Code of medical and sanitary regulations for the guidance of medical officers serving in the Madras Presidency - Volume II
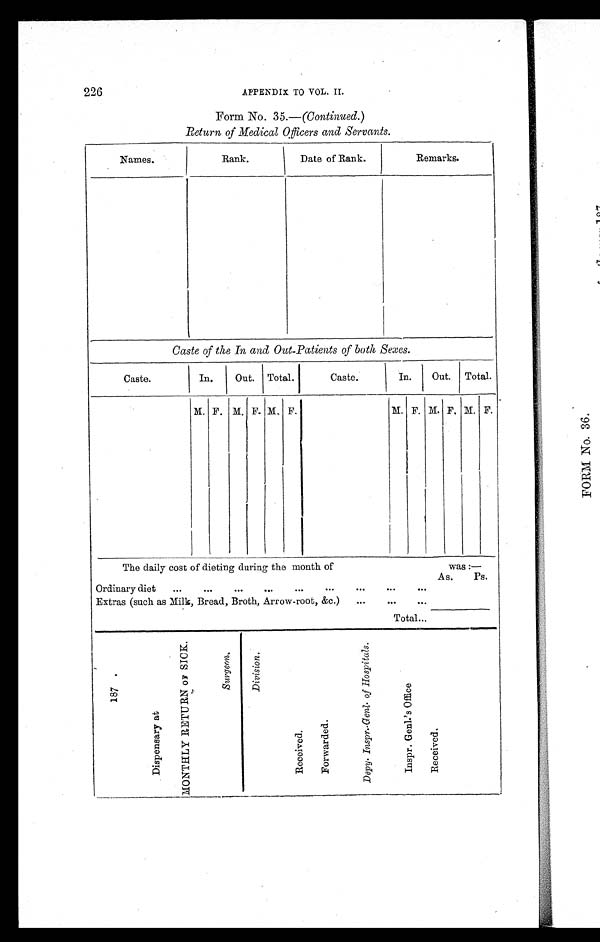
226
APPENDIX TO VOL. II.
Form No. 35.—(Continued. )
Return of Medical, Officers and Servants.
Names.
Rank.
Date of Rank.
Remarks.
Caste of the In and Out-Patients of both Sexes.
Caste.
In.
Out.
Total.
Caste.
In.
Out.
Total.
M. F. M. F. M. F.
M. F. M. F. M. F.
The daily cost of dieting during the month of
was :
—
As.
Ps.
Ordinary diet
...
...
...
...
. . .
. . .
. . .
. . .
. . .
Extras (such as Milk, Bread, Broth, Arrow-root, &c.)
. . .
. . . . . .
Total ...
1 8 7 .
D i s p e n s a r y a t
M O N T H L Y R E T U R N O F S I C K .
S u r g e o n .
D i v i s i o n .
R e c e i v e d .
F o r w a r d e d .
D e p y . I n s p r . - G e n l . o f H o s p i t a l s .
I n s p r . G e n l . ' s O f f i c e
R e c e i v e d .